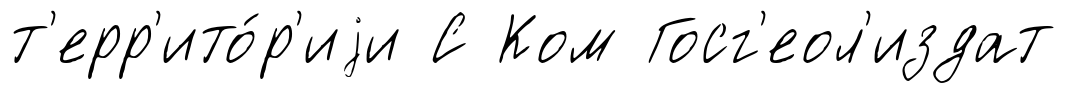
т'ерр'ито́р'иjи С Ком Госг'еол'издат